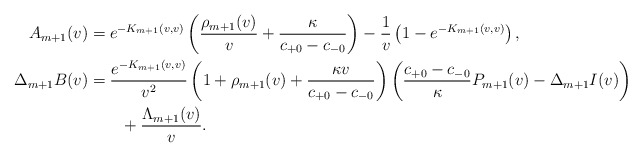
\begin{align*} A_{m+1}(v)&=e^{-K_{m+1}(v,v)}\left(\frac{\rho_{m+1}(v)}{v}+\frac{\kappa}{c_{+0}-c_{-0}}\right)-\frac{1}{v}\left(1-e^{-K_{m+1}(v,v)}\right),\\ \Delta_{m+1}B(v)&=\frac{e^{-K_{m+1}(v,v)}}{v^2}\left(1+\rho_{m+1}(v)+\frac{\kappa v}{c_{+0}-c_{-0}}\right)\left(\frac{c_{+0}-c_{-0}}{\kappa}P_{m+1}(v)-\Delta_{m+1}I(v)\right)\\&\qquad+\frac{\Lambda_{m+1}(v)}{v}.\end{align*}